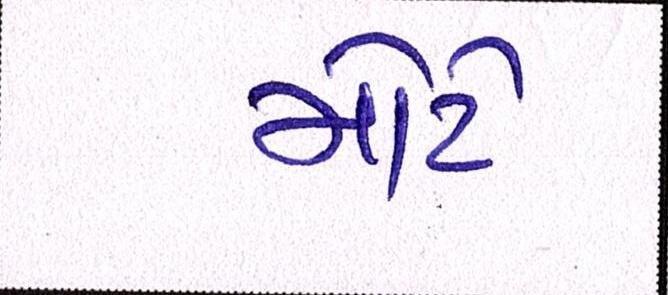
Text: મોટે